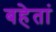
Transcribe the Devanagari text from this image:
बहेतां